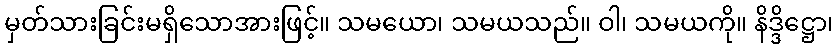
မှတ်သားခြင်းမရှိသောအားဖြင့်။ သမယော၊ သမယသည်။ ဝါ၊ သမယကို။ နိဒ္ဒိဋ္ဌော၊